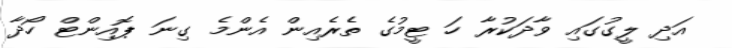
އަދި ލީގުގައި ވާދަކުރާ ހަ ޓީމުގެ ތެރެއިން އެންމެ ގިނަ ޕޮއިންޓް ހޯދާ